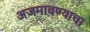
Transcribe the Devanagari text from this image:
अजमावण्याचा